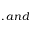
, a n d